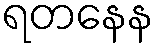
ရတနေန